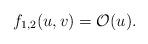
LaTeX: \begin{align*} f_{1,2}(u,v)=\mathcal{O}(u).\end{align*}